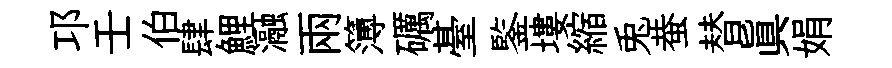
邛壬伯肆鯉瀜兩簿礪䑓鍳塿縮兎蛬替真娟